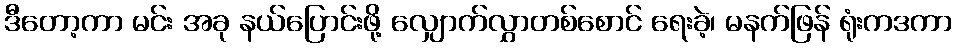
ဒီတော့ကာ မင်း အခု နယ်ပြောင်းဖို့ လျှောက်လွှာတစ်စောင် ရေးခဲ့၊ မနက်ဖြန် ရုံးကဒကာ